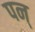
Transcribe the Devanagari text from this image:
पन्